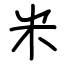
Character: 米